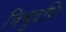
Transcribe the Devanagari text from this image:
विद्युदभि